Annual report on the Civil Veterinary Department, Burma (including the Insein Veterinary School) - 1910-1922
Year: 1910
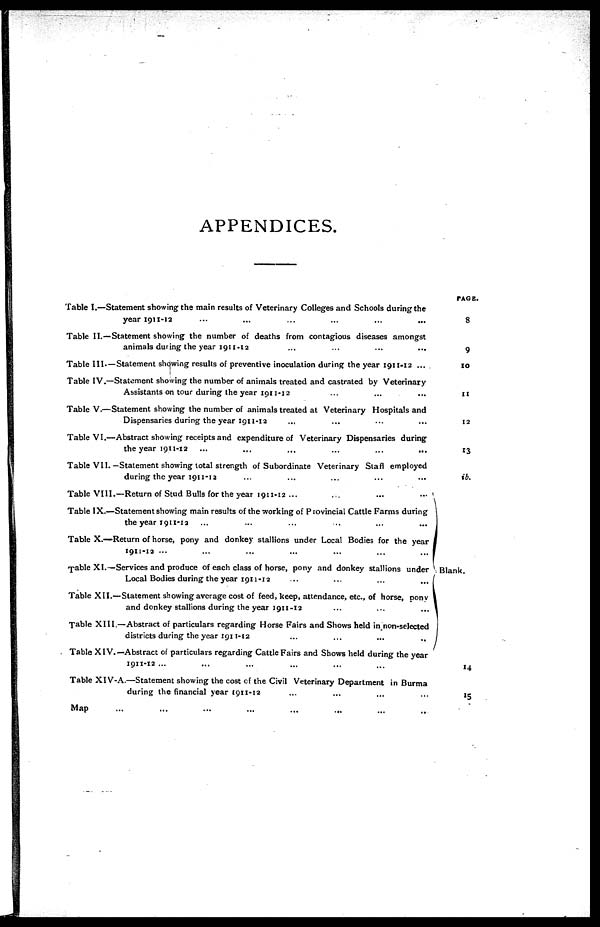
APPENDICES.
Table I.—Statement showing the main results of Veterinary Colleges and Schools during the
year 1911-12 … … … … … ...
Table II.—Statement showing the number of deaths from contagious diseases amongst
animals during the year 1911-12 … … … …
Table III. —Statement showing results of preventive inoculation during the year 1911-12 ...
Table IV.—Statement showing the number of animals treated and castrated by Veterinary
Assistants on tour during the year 1911-12 … … …
Table V.—Statement showing the number of animals treated at Veterinary Hospitals and
Dispensaries during the year 1911-12 … … … … … …
Table VI.—Abstract showing receipts and expenditure of Veterinary Dispensaries during
the year 1911-12 ...
...
...
...
...
...
Table VII.—Statement showing total strength of Subordinate Veterinary Staff employed
during the year 1911-13 … … … … …
Table VIII.—Return of Stud Bulls for the year 1911-12 ...
...
...
...
Table IX.—Statement showing main results of the working of Provincial Cattle Farms during
the year 1911-12 … … … … … …
Table X.—Return of horse, pony and donkey stallions under Local Bodies for the year
1911-12
...
...
...
...
...
...
fable XI.—Services and produce of each class of horse, pony and donkey stallions under
Local Bodies during the year 1911-12
...
...
...
...
Table XII.—Statement showing average cost of feed, keep, attendance, etc., of horse, pony
and donkey stallions during the year 1911 -12 … … … … …
Table XIII.—Abstract of particulars regarding Horse Fairs and Shows held in non-selected
districts during the year 1911-12 … … … … …
Table XIV.—Abstract of particulars regarding Cattle Fairs and Shows held during the year
1911-12 ... … … … …
Table XIV-A.—Statement showing the cost of the Civil Veterinary Department in Burma
during the financial year 1911-12 … … … … …
Map
...
...
...
...
... …
PAGE.
8
9
10
11
12
13
ib.
Blank.
14
15